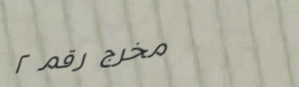
مخرج رقم ٢